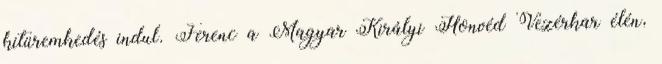
kitüremkedés indul. Ferenc a Magyar Királyi Honvéd Vezérkar élén,